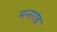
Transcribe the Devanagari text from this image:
मनगंड